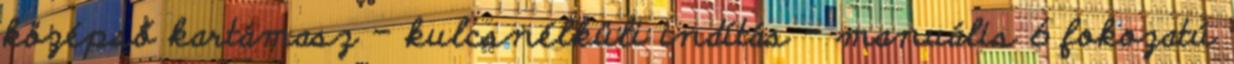
középső kartámasz – kulcsnélküli indítás – manuális 6 fokozatú